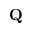
\mathbf { Q }